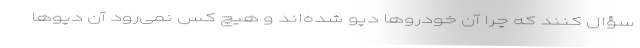
سؤال کنند که چرا آن خودروها دپو شده‌اند و هیچ کس نمی‌رود آن دپوها